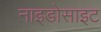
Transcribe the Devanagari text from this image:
नाइडोसाइट